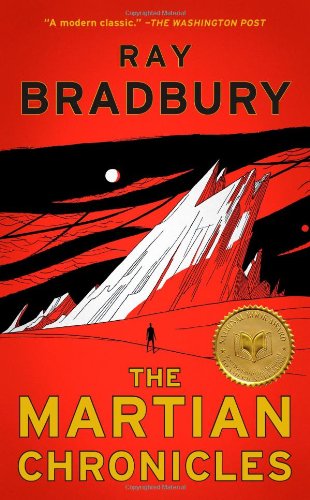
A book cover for The Martian Chronicles; Ray Bradbury; Science Fiction & Fantasy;